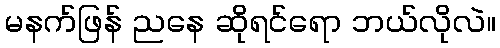
မနက်ဖြန် ညနေ ဆိုရင်ရော ဘယ်လိုလဲ။